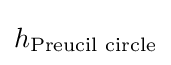
h_{\text{Preucil circle}}